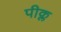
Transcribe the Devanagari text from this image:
पीक्ल